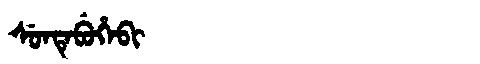
Manchu: ᠰᡠᠨᡨᡝᠪᡠᡥᡝᠪᡳ
Romanization: SUNTEBUHEBI